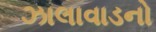
ઝાલાવાડનો